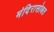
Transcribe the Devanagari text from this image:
मंदिरासोबत